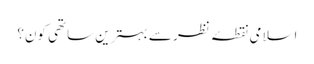
اسلامی نقطۂ نظر سے بہترین ساتھی کون؟